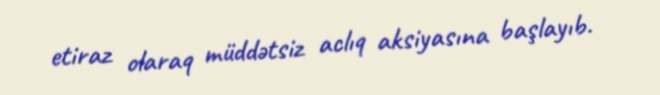
etiraz olaraq müddətsiz aclıq aksiyasına başlayıb.